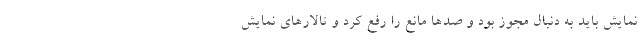
نمایش باید به دنبال مجوز بود و صدها مانع را رفع کرد و تالارهای نمایشِ